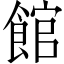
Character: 館